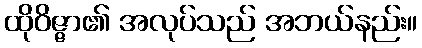
ထိုဝိဇ္ဇာ၏ အလုပ်သည် အဘယ်နည်း။